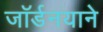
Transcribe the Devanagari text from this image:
जॉर्डनयाने